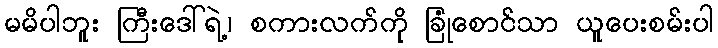
မမိပါဘူး ကြီးဒေါ်ရဲ့၊ စကားလက်ကို ခြုံစောင်သာ ယူပေးစမ်းပါ